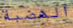
الهضبة